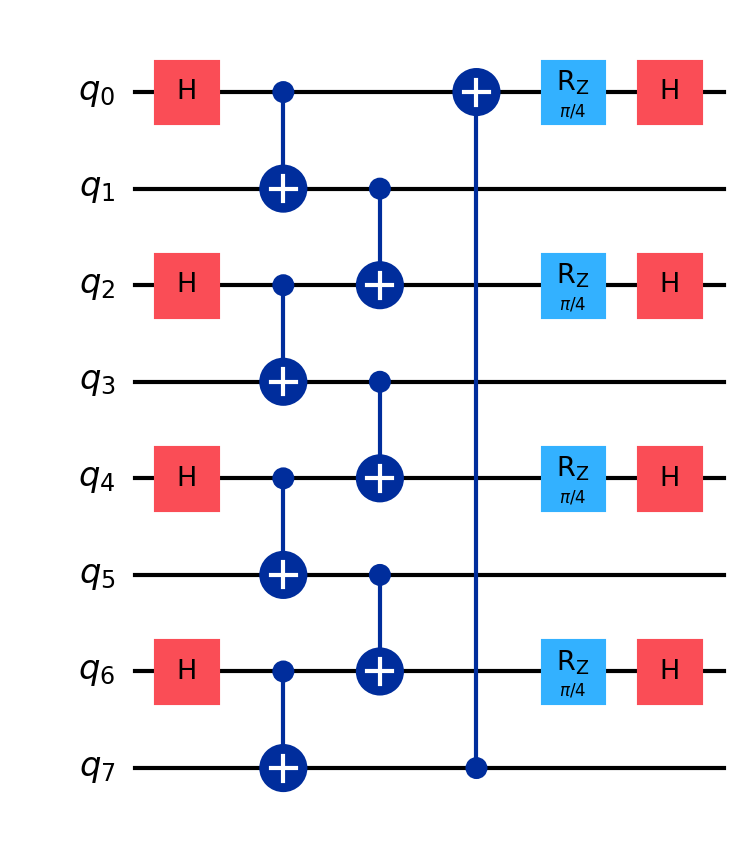
Description: 8-qubit validator consensus protocol
描述: 8量子比特验证者共识协议
Category: blockchain (difficulty: advanced)
Qubits: 8, circuit depth: 5
Blockchain relevance: direct

Braket implementation:
import math
from braket.circuits import Circuit

circuit = Circuit()

# Layer 1: H gates
circuit.h([0, 2, 4, 6])

# Layer 2: CNOT pairs
circuit.cnot(0, 1).cnot(2, 3).cnot(4, 5).cnot(6, 7)

# Layer 3: CNOT chain
circuit.cnot(1, 2).cnot(3, 4).cnot(5, 6)

# Layer 4: CNOT wrap-around
circuit.cnot(7, 0)

# Layer 5: Rz(pi/4)
circuit.rz([0, 2, 4, 6], math.pi / 4)

# Layer 6: H gates
circuit.h([0, 2, 4, 6])

print(circuit)

Qiskit implementation:
import math
from qiskit import QuantumCircuit

circuit = QuantumCircuit(8)

# Layer 1: H gates
circuit.h([0, 2, 4, 6])

# Layer 2: CNOT pairs
circuit.cx(0, 1).cx(2, 3).cx(4, 5).cx(6, 7)

# Layer 3: CNOT chain
circuit.cx(1, 2).cx(3, 4).cx(5, 6)

# Layer 4: CNOT wrap-around
circuit.cx(7, 0)

# Layer 5: Rz(pi/4)
circuit.rz([0, 2, 4, 6], math.pi / 4)

# Layer 6: H gates
circuit.h([0, 2, 4, 6])

print(circuit)